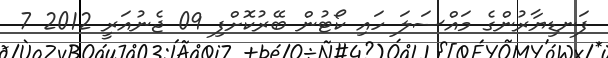
ފަނޑިޔާރުންގެ މައްސަލަ ހައި ކޯޓުން ބޭރުކޮށްފި 09 ޖެނުއަރީ 2012 7